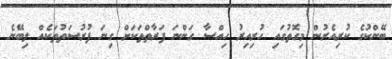
ބޭންކުގެ ކުރިއެރުން މިގޮތުގައި ހުރިއިރު ހިއްސާ ގަންނަ ފަރާތްތަކަށް ގިނަ ފުރުސަތުތަކެއް ލިބޭނެ